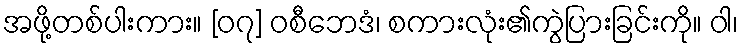
အဖို့တစ်ပါးကား။ [၀၇] ဝစီဘေဒံ၊ စကားလုံး၏ကွဲပြားခြင်းကို။ ဝါ၊